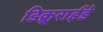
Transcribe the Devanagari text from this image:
डिक्रूराईडे